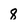
Character: 8